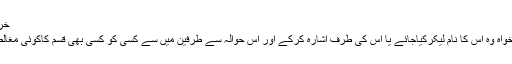
خرید و فروخت کی جانے والی شے کا علم
سب سے پہلے شےکا تعیّن ہونا چاہئے خواہ وہ اس کا نام لیکرکیاجائے یا اس کی طرف اشارہ کرکے اور اس حوالہ سے طرفین میں سے کسی کو کسی بھی قسم کاکوئی مغالطہ یا شبہ نہ ہوورنہ بیع درست نہ ہوگی۔